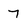
Character: 7